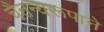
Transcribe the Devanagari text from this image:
चैतन्यरूपाने